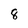
Character: 8